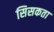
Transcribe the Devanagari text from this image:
सिसकता